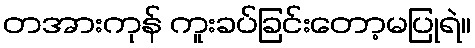
တအားကုန် ကူးခပ်ခြင်းတော့မပြုရဲ။